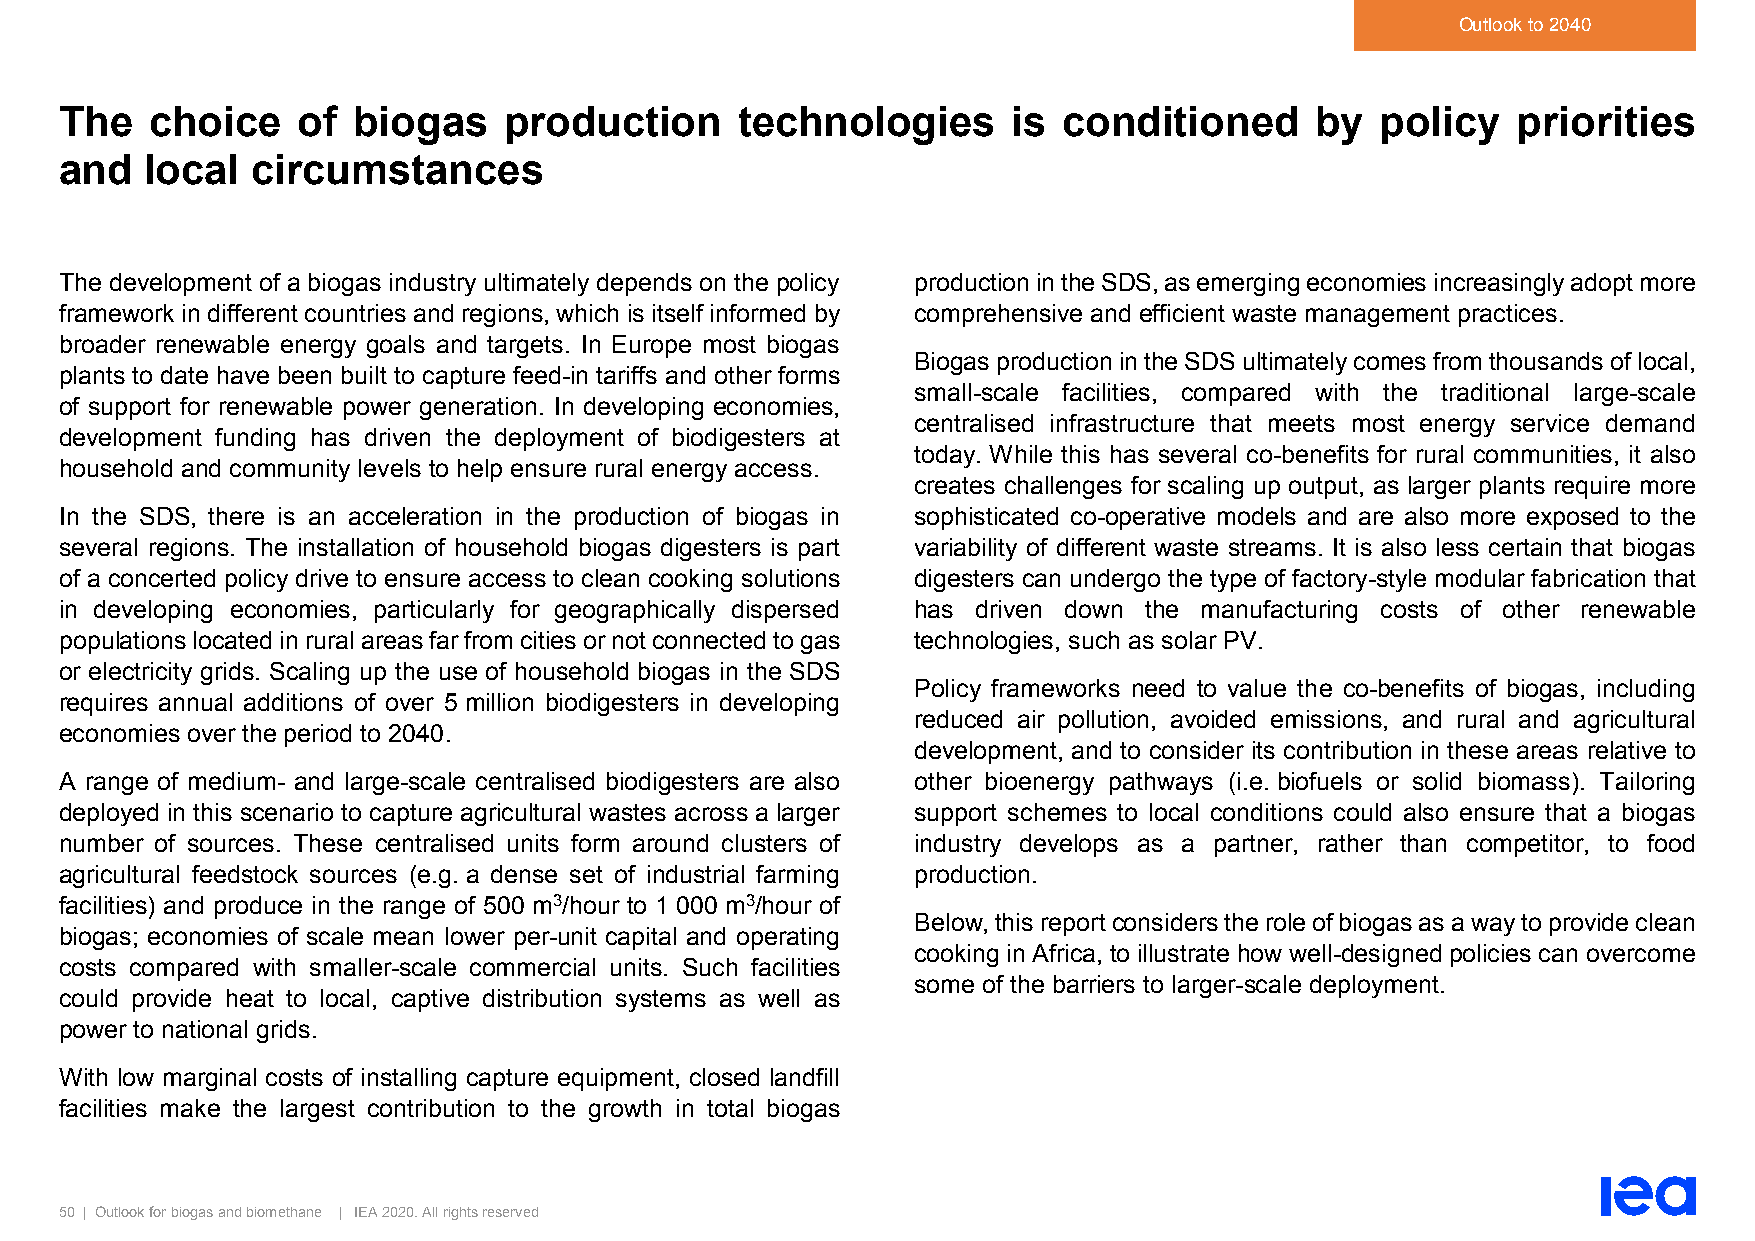
Outlook to 2040
 The   choice    of biogas    production      technologies      is conditioned      by  policy   priorities
 and   local  circumstances
 The development of a biogas industry ultimately depends on the policy production in the SDS, as emerging economies increasingly adopt more
 framework in different countries and regions, which is itself informed by comprehensive and efficient waste management practices.
 broader renewable energy goals and targets. In Europe most biogas
 Biogas production in the SDS ultimately comes from thousands of local,
 plants to date have been built to capture feed-in tariffs and other forms
 small-scale facilities, compared with the traditional large-scale
 of support for renewable power generation. In developing economies,
 centralised infrastructure that meets most energy service demand
 development funding has driven the deployment of biodigesters at
 today. While this has several co-benefits for rural communities, it also
 household and community levels to help ensure rural energy access.
 creates challenges for scaling up output, as larger plants require more
 In the SDS, there is an acceleration in the production of biogas in sophisticated co-operative models and are also more exposed to the
 several regions. The installation of household biogas digesters is part variability of different waste streams. It is also less certain that biogas
 of a concerted policy drive to ensure access to clean cooking solutions digesters can undergo the type of factory-style modular fabrication that
 in developing economies, particularly for geographically dispersed has driven down the manufacturing costs of other renewable
 populations located in rural areas far from cities or not connected to gas technologies, such as solar PV.
 or electricity grids. Scaling up the use of household biogas in the SDS
 Policy frameworks need to value the co-benefits of biogas, including
 requires annual additions of over 5 million biodigesters in developing
 reduced air pollution, avoided emissions, and rural and agricultural
 economies over the period to 2040.
 development, and to consider its contribution in these areas relative to
 A range of medium- and large-scale centralised biodigesters are also other bioenergy pathways (i.e. biofuels or solid biomass). Tailoring
 deployed in this scenario to capture agricultural wastes across a larger support schemes to local conditions could also ensure that a biogas
 number of sources. These centralised units form around clusters of industry develops as a partner, rather than competitor, to food
 agricultural feedstock sources (e.g. a dense set of industrial farming production.
 facilities) and produce in the range of 500 m3/hour to 1 000 m3/hour of
 Below, this report considers the role of biogas as a way to provide clean
 biogas; economies of scale mean lower per-unit capital and operating
 cooking in Africa, to illustrate how well-designed policies can overcome
 costs compared with smaller-scale commercial units. Such facilities
 some of the barriers to larger-scale deployment.
 could provide heat to local, captive distribution systems as well as
 power to national grids.
 With low marginal costs of installing capture equipment, closed landfill
 facilities make the largest contribution to the growth in total biogas
 50 | Outlook for biogas and biomethane | IEA 2020. All rights reserved